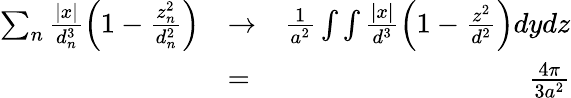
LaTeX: \begin{array}{rlr}{\sum_{n}\frac{|x|}{d_{n}^{3}}\left(1-\frac{z_{n}^{2}}{d_{n}^{2}}\right)}&{\to}&{\frac{1}{a^{2}}\int\int\frac{|x|}{d^{3}}\left(1-\frac{z^{2}}{d^{2}}\right)dydz}\\ &{=}&{\frac{4\pi}{3a^{2}}}\end{array}